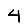
Digit: 4